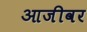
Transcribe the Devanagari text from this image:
आजीवर